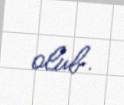
olub.